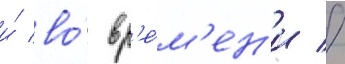
и́ во́ вр'е́м'ен'и //